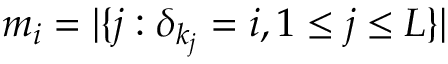
m _ { i } = | \{ j : \delta _ { k _ { j } } = i , 1 \leq j \leq L \} |